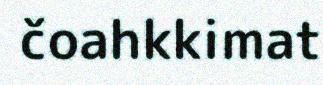
čoahkkimat